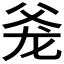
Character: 𰠋